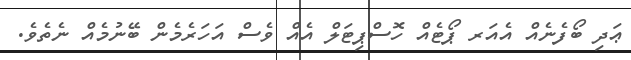
ޢަދި ބޯފެނެއް އެއަރ ޕޯޓެއް ހޮސްޕިޓަލް އެއް ވެސް އަހަރެމެން ބޭނުމެއް ނެތެވެ.